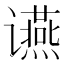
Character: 䜩